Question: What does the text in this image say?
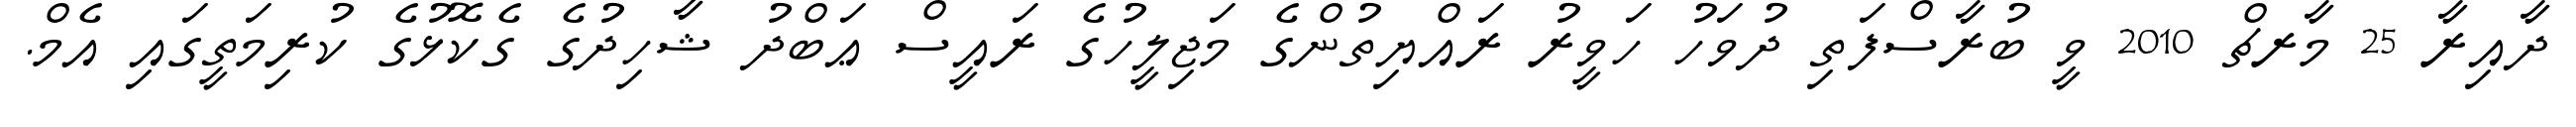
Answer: ދާއިރާ 25 މާރޗް 2010 ވީ ބުރާސްފަތި ދުވަހު ހަވީރު ރައްޔިތުންގެ މަޖިލީހުގެ ރައީސް ޢަބްދު ޝާހިދުގެ ގެކޮޅުގެ ކުރިމަތީގައި އެމް.